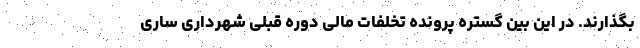
بگذارند. در این بین گستره پرونده تخلفات مالی دوره قبلی شهرداری ساری